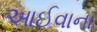
આઈવાના